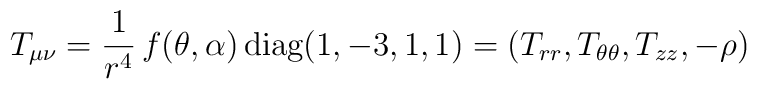
T_{\mu\nu}=\frac{1}{r^4}\, f(\theta, \alpha)\,\mbox{diag}(1, -3,  1, 1)=(T_{rr}, T_{\theta\theta}, T_{zz}, -\rho)